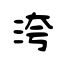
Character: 洿